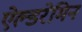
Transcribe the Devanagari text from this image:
ऐल्डरेमिन